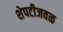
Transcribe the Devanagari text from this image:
शेपटीजवळ